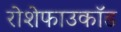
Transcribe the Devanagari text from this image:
रोशेफाउकॉड